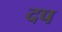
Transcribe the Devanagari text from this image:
दप